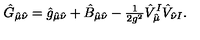
\hat { G } _ { \hat { \mu } \hat { \nu } } = \hat { g } _ { \hat { \mu } \hat { \nu } } + \hat { B } _ { \hat { \mu } \hat { \nu } } - { \textstyle \frac { 1 } { 2 g ^ { 2 } } } \hat { V } _ { \hat { \mu } } ^ { I } \hat { V } _ { \hat { \nu } I } .